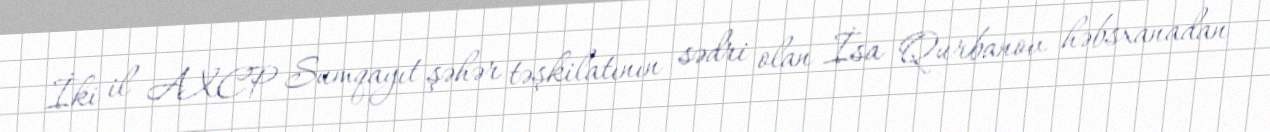
İki il AXCP Sumqayıt şəhər təşkilatının sədri olan İsa Qurbanov həbsxanadan